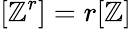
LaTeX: [\mathbb{Z}^{r}]=r[\mathbb{Z}]